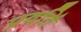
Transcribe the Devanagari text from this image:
प्रवर्ति